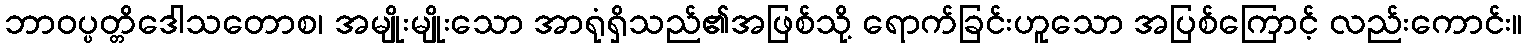
ဘာဝပ္ပတ္တိဒေါသတောစ၊ အမျိုးမျိုးသော အာရုံရှိသည်၏အဖြစ်သို့ ရောက်ခြင်းဟူသော အပြစ်ကြောင့် လည်းကောင်း။